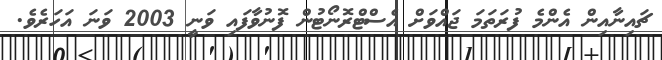
ޗައިނާއިން އެންމެ ފުރަތަމަ ޖައްވަށް އެސްޓްރޮނޯޓުން ފޮނުުވާފައި ވަނީ 2003 ވަނަ އަހަރެވެ.